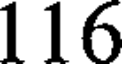
116